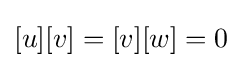
[u][v]=[v][w]=0